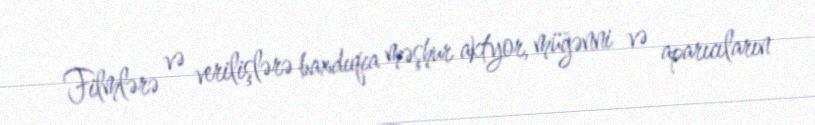
Filmlərə və verilişlərə baxdıqca məşhur aktyor, müğənni və aparıcıların